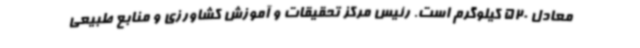
معادل 520 کیلوگرم است. رئیس مرکز تحقیقات و آموزش کشاورزی و منابع طبیعی